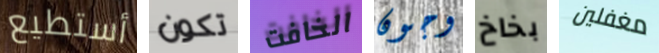
أستطيع تكون الخافت وجون بخاخ مغفلين